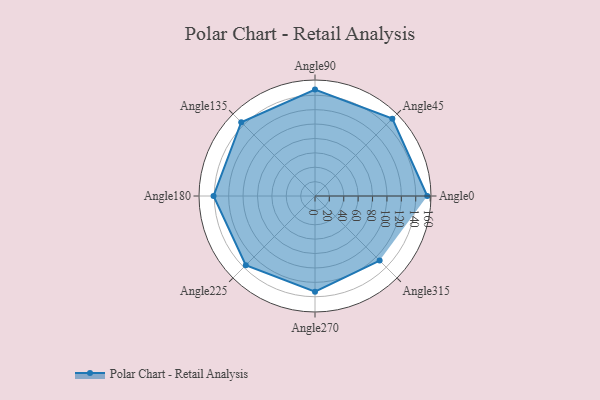
{"axis": {"x": "Angle", "y": "Radius"}, "legend": [""], "data": [{"x": "Angle0", "y": 156.0, "type": ""}, {"x": "Angle45", "y": 152.0, "type": ""}, {"x": "Angle90", "y": 148.0, "type": ""}, {"x": "Angle135", "y": 145.0, "type": ""}, {"x": "Angle180", "y": 141.0, "type": ""}, {"x": "Angle225", "y": 136.0, "type": ""}, {"x": "Angle270", "y": 133.0, "type": ""}, {"x": "Angle315", "y": 127.0, "type": ""}]}